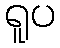
ရူပ